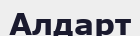
Алдарт